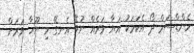
ހެންޑްސަމް ދޯ އެކަމަކު އަޔާ ވަރެއް ނުވޭ އެނގޭ މި ޔޫހާ ވަރަށް